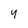
Character: 4